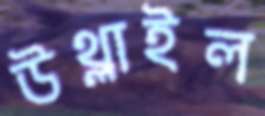
উথ্‌লাইল